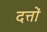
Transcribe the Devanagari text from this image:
दत्तों